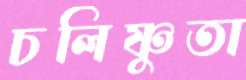
চলিষ্ণুতা